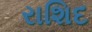
રાશિદ